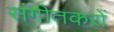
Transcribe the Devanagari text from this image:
संगीतकरों